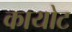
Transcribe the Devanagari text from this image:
कायोट